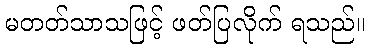
မတတ်သာသဖြင့် ဖတ်ပြလိုက် ရသည်။